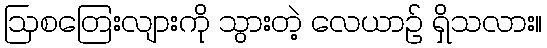
ဩစတြေးလျားကို သွားတဲ့ လေယာဉ် ရှိသလား။